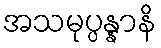
အသမုပ္ပန္နာနိ